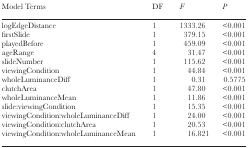
<table><thead><tr><td><b>Model Terms</b></td><td><b>DF</b></td><td><b><i>F</i></b></td><td><b><i>P</i></b></td></tr></thead><tbody><tr><td>logEdgeDistance</td><td>1</td><td>1333.26</td><td>&lt;0.001</td></tr><tr><td>firstSlide</td><td>1</td><td>379.15</td><td>&lt;0.001</td></tr><tr><td>playedBefore</td><td>1</td><td>459.09</td><td>&lt;0.001</td></tr><tr><td>ageRange</td><td>4</td><td>31.47</td><td>&lt;0.001</td></tr><tr><td>slideNumber</td><td>1</td><td>115.62</td><td>&lt;0.001</td></tr><tr><td>viewingCondition</td><td>1</td><td>44.84</td><td>&lt;0.001</td></tr><tr><td>wholeLuminanceDiff</td><td>1</td><td>0.31</td><td>0.5775</td></tr><tr><td>clutchArea</td><td>1</td><td>47.80</td><td>&lt;0.001</td></tr><tr><td>wholeLuminanceMean</td><td>1</td><td>11.86</td><td>&lt;0.001</td></tr><tr><td>slide:viewingCondition</td><td>1</td><td>15.35</td><td>&lt;0.001</td></tr><tr><td>viewingCondition:wholeLuminanceDiff</td><td>1</td><td>24.00</td><td>&lt;0.001</td></tr><tr><td>viewingCondition:clutchArea</td><td>1</td><td>20.53</td><td>&lt;0.001</td></tr><tr><td>viewingCondition:wholeLuminanceMean</td><td>1</td><td>16.821</td><td>&lt;0.001</td></tr></tbody></table>